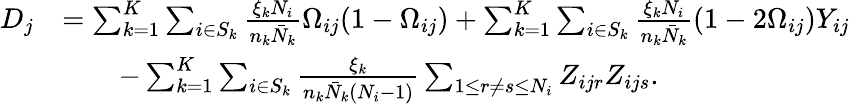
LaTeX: \begin{array}{rl}{D_{j}}&{=\sum_{k=1}^{K}\sum_{i\in S_{k}}\frac{\xi_{k}N_{i}}{n_{k}\bar{N}_{k}}\Omega_{ij}(1-\Omega_{ij})+\sum_{k=1}^{K}\sum_{i\in S_{k}}\frac{\xi_{k}N_{i}}{n_{k}\bar{N}_{k}}(1-2\Omega_{ij})Y_{ij}}\\ &{\qquad-\sum_{k=1}^{K}\sum_{i\in S_{k}}\frac{\xi_{k}}{n_{k}\bar{N}_{k}(N_{i}-1)}\sum_{1\leq r\neq s\leq N_{i}}Z_{ijr}Z_{ijs}.}\end{array}